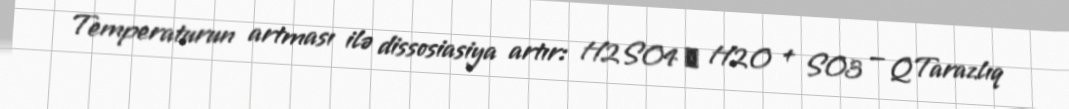
Temperaturun artması ilə dissosiasiya artır: H2SO4 ↔ H2O + SO3 — QTarazlıq